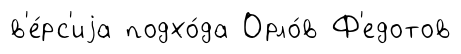
в'е́рс'иjа подхо́да Орло́в Ф'едотов